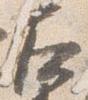
左